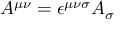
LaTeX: A ^ { \mu \nu } = \epsilon ^ { \mu \nu \sigma } A _ { \sigma }